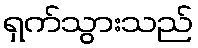
ရှက်သွားသည်